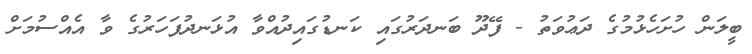
ބީލަން ހުށަހެޅުމުގެ ދަޢުވަތު - ފޭދޫ ބަނދަރުގައި ކަނޑުގައިދުއްވާ އުޅަނދުފަހަރުގެ ވާ އެއްސުމަށް